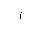
Letter: _alif